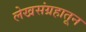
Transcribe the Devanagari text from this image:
लेखसंग्रहातून